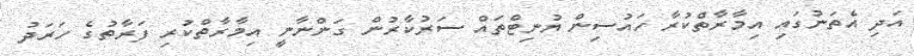
އަދި އެތަނުގައި އިމާރާތްކުރާ ހައުސިން ޔުނިޓްތައް ސަރުކާރުން ގަންނާނީ އިމާރާތްކުރި ފަރާތުގެ ހަރަދު